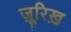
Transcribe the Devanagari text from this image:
ज़ूरिख़